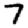
Digit: 7